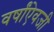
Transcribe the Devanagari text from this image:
वर्षांऐवजी